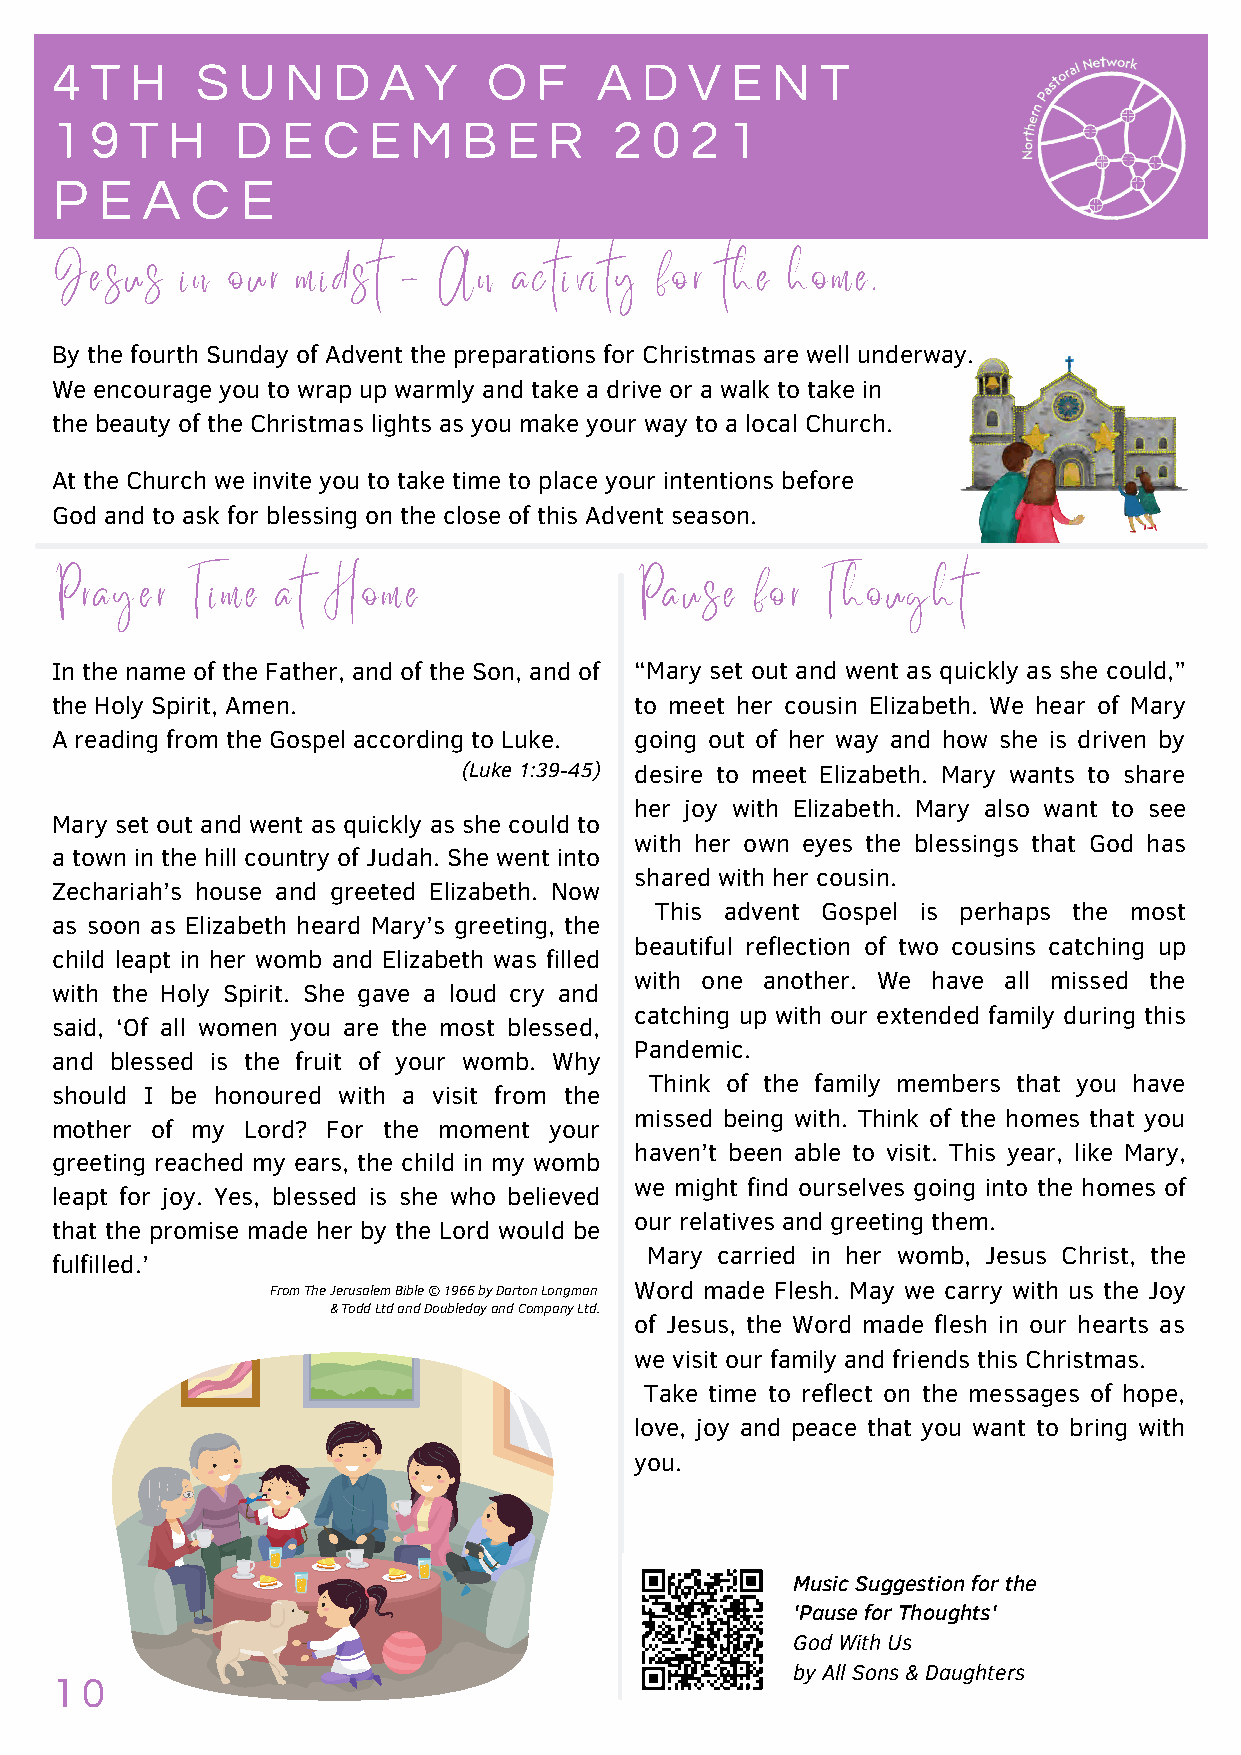
4  T  H   S  U  N  D  A  Y   O  F    A D   V E  N  T
 1  9  T H    D  E C  E  M   B  E R    2 0  2 1
 P  E  A   C  E
 Jesus    in our  midst -  An   activity for  the home.
 By the fourth Sunday of Advent the preparations for Christmas are well underway.
 We encourage you to wrap up warmly and take a drive or a walk to take in
 the beauty of the Christmas lights as you make your way to a local Church.
 At the Church we invite you to take time to place your intentions before
 God and to ask for blessing on the close of this Advent season.
 Prayer   Time  at Home                 Pause   for Thought
 In the name of the Father, and of the Son, and of “Mary set out and went as quickly as she could,”
 the Holy Spirit, Amen.                 to meet her cousin Elizabeth. We hear of Mary
 A reading from the Gospel according to Luke. going out of her way and how she is driven by
 (Luke 1:39-45) desire to meet Elizabeth. Mary wants to share
 her joy with Elizabeth. Mary also want to see
 Mary set out and went as quickly as she could to
 with her own eyes the blessings that God has
 a town in the hill country of Judah. She went into
 shared with her cousin.
 Zechariah’s house and greeted Elizabeth. Now
 This advent Gospel is perhaps the most
 as soon as Elizabeth heard Mary’s greeting, the
 beautiful reflection of two cousins catching up
 child leapt in her womb and Elizabeth was filled
 with one another. We have all missed the
 with the Holy Spirit. She gave a loud cry and
 catching up with our extended family during this
 said, ‘Of all women you are the most blessed,
 Pandemic.
 and blessed is the fruit of your womb. Why
 Think of the family members that you have
 should I be honoured with a visit from the
 missed being with. Think of the homes that you
 mother of my Lord? For the moment your
 haven’t been able to visit. This year, like Mary,
 greeting reached my ears, the child in my womb
 we might find ourselves going into the homes of
 leapt for joy. Yes, blessed is she who believed
 our relatives and greeting them.
 that the promise made her by the Lord would be
 Mary carried in her womb, Jesus Christ, the
 fulfilled.’
 From The Jerusalem Bible © 1966 by Darton Longman Word made Flesh. May we carry with us the Joy
 & Todd Ltd and Doubleday and Company Ltd.
 of Jesus, the Word made flesh in our hearts as
 we visit our family and friends this Christmas.
 Take time to reflect on the messages of hope,
 love, joy and peace that you want to bring with
 you.
 Music Suggestion for the
 'Pause for Thoughts'
 God With Us
 by All Sons & Daughters
 1 0